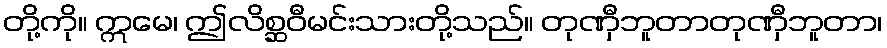
တို့ကို။ ဣမေ၊ ဤလိစ္ဆဝီမင်းသားတို့သည်။ တုဏှီဘူတာတုဏှီဘူတာ၊